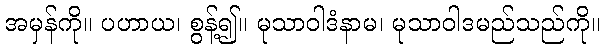
အမှန်ကို။ ပဟာယ၊ စွန့်၍။ မုသာဝါဒံနာမ၊ မုသာဝါဒမည်သည်ကို။